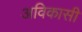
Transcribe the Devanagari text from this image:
अविकासी